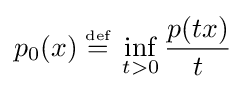
p_{0}(x)\;{\stackrel {\scriptscriptstyle {\text{def}}}{=}}\;\inf _{t>0}{\frac {p(tx)}{t}}